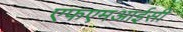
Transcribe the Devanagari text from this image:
एफएमआईसी